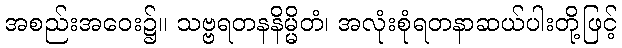
အစည်းအဝေး၌။ သဗ္ဗရတနနိမ္မိတံ၊ အလုံးစုံရတနာဆယ်ပါးတို့ဖြင့်